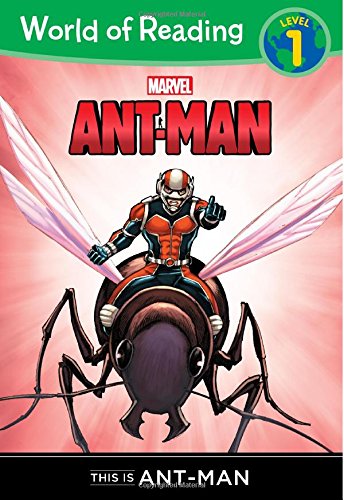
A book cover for World of Reading: Ant-Man This is Ant-Man: Level 1; Chris Wyatt; Children's Books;